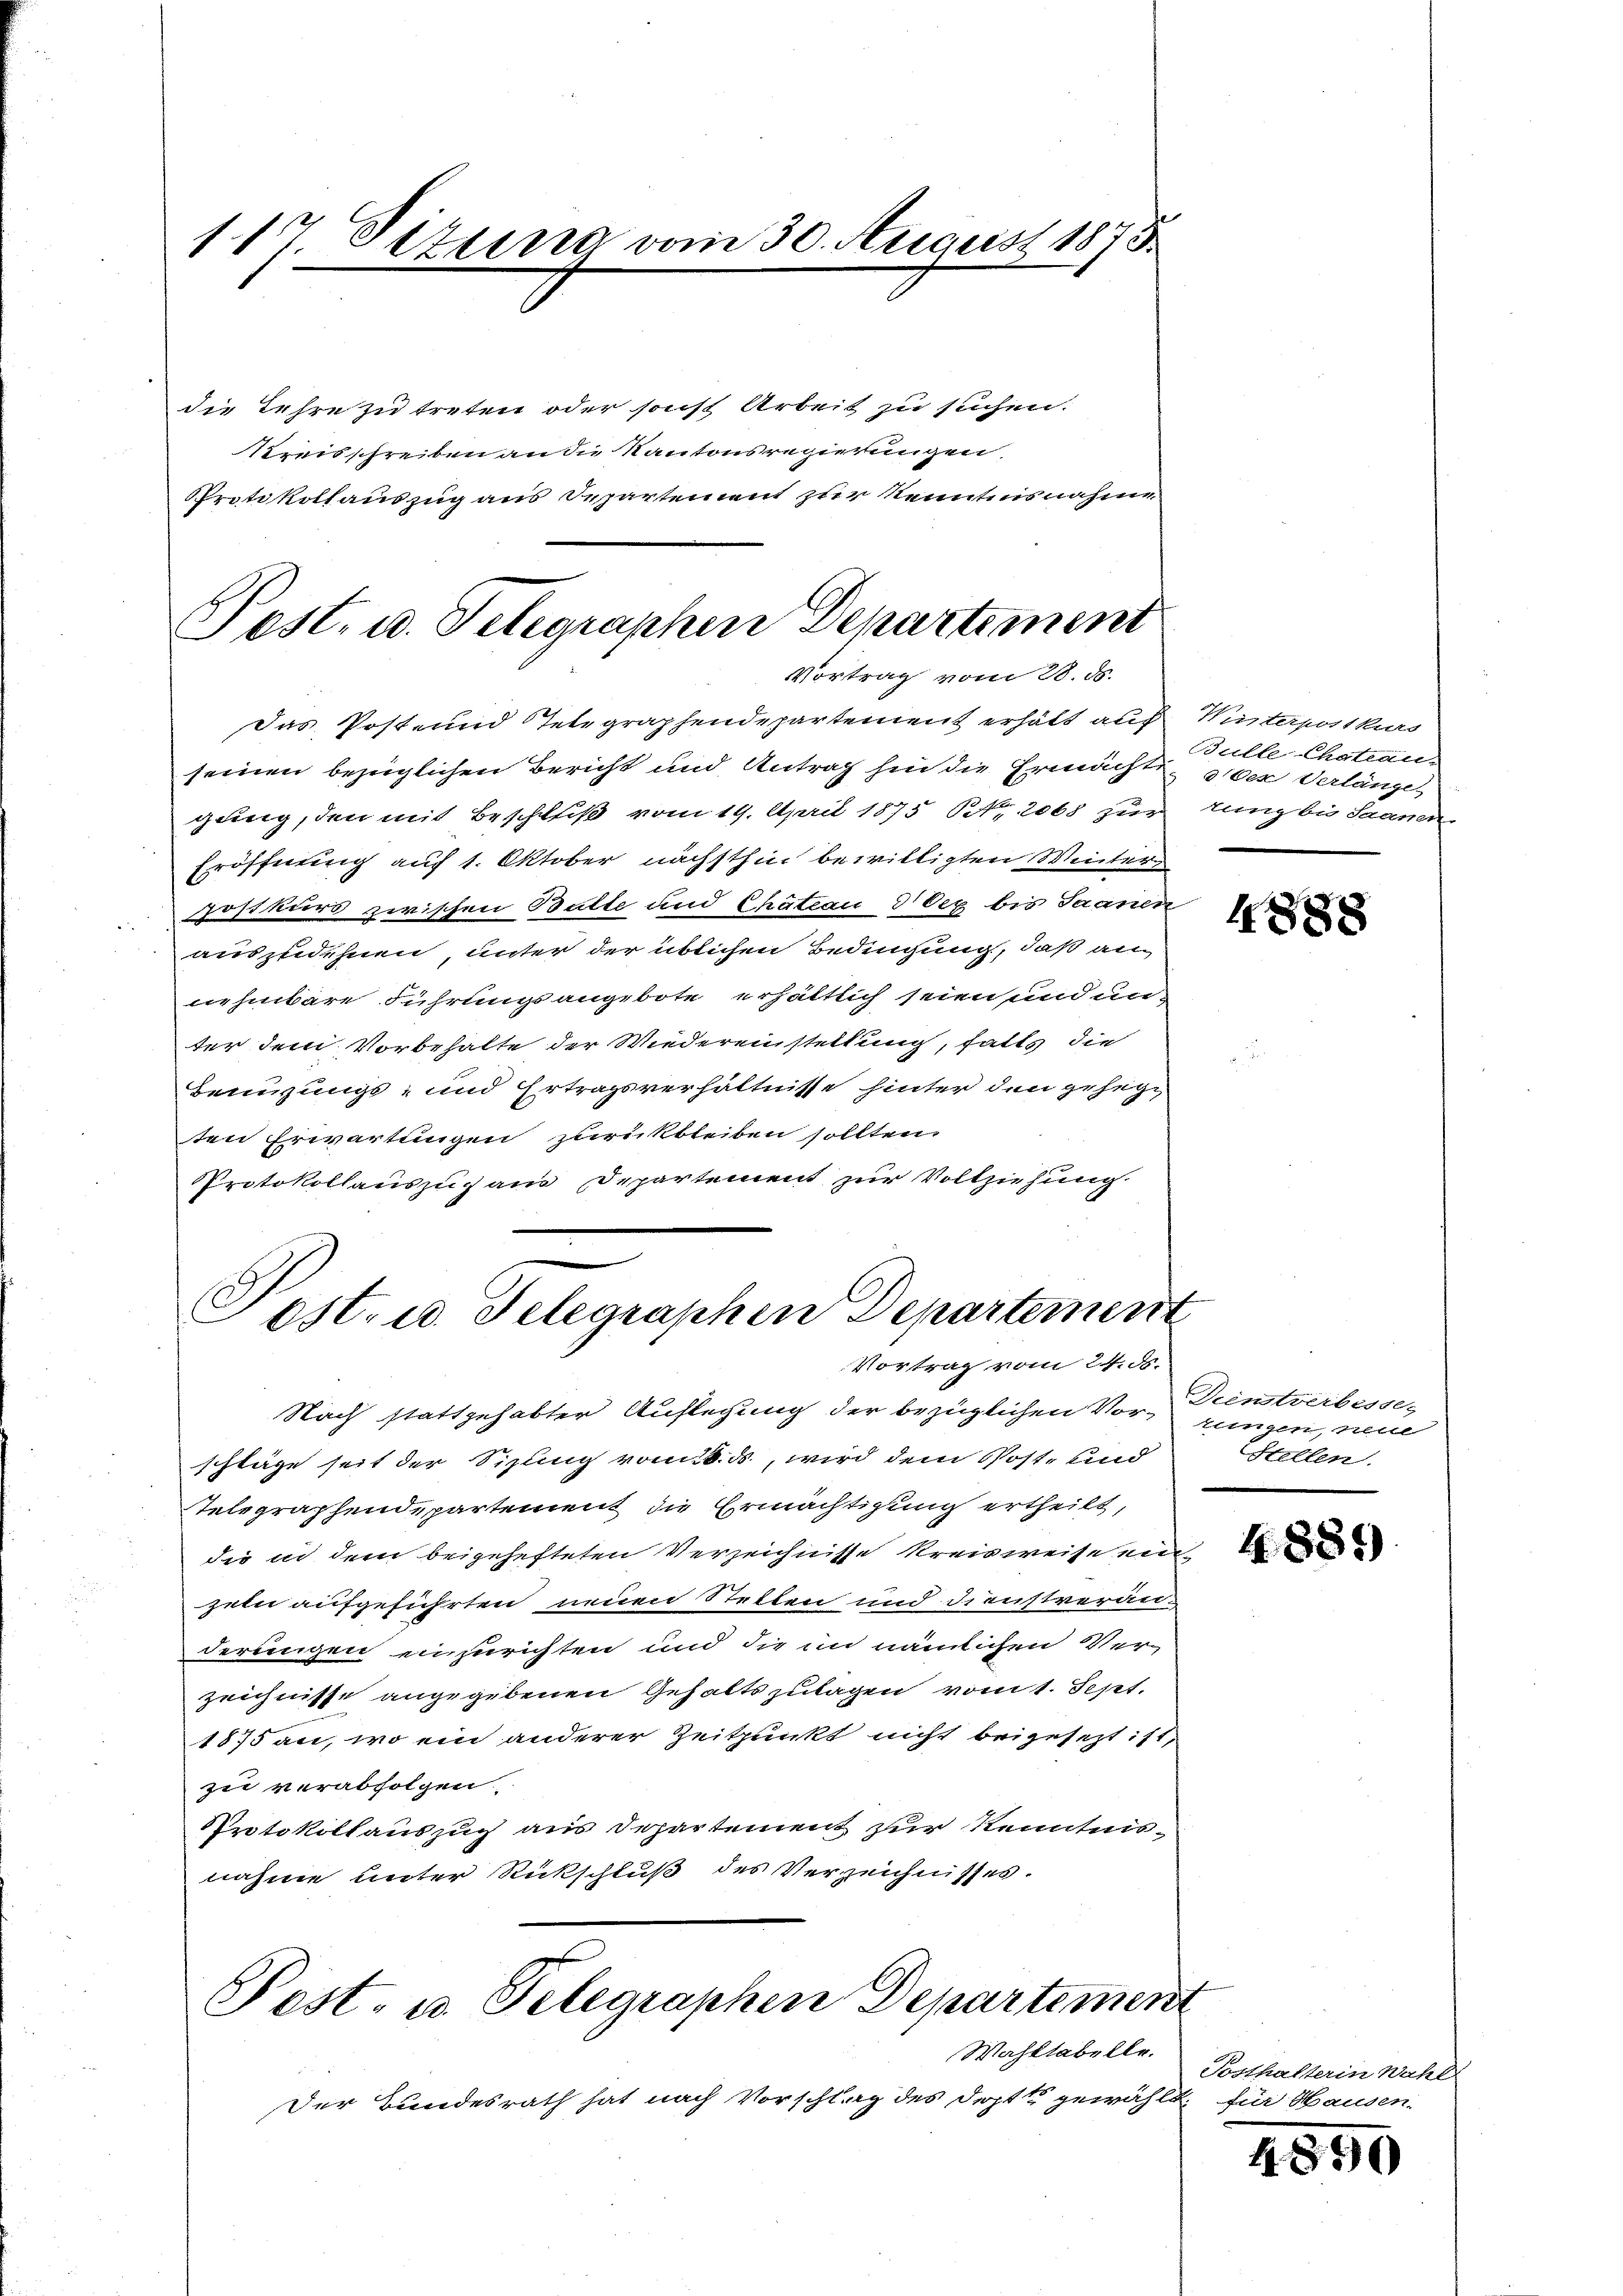
die Lehre zu treten oder sonst Arbeit zu suchen.
Kreisschreiben an die Kantonsregierungen
Protokollauszug aus Departement zur Kenntnisnahme

117 Sizung vom 30. August 1875.

das Post- und Telegraphendepartement erhält auf Winterpostkurs
seinen bezüglichen Bericht und Antrag hin die Ermächte, oder Verlänge
gung, den mit Beschluß vom 19. April 1875 Nr. 2068 zur tung bis Saanen
Eröffnung auf 1. Oktober nächsthin bewilligten Winter
oskurs zwischen Balte und Chäteau d Oeg bis Saanen
auszudehnen, unter der üblichen Bedingung, daß an
nehmbare Führungsangebote erhältlich seien und unter dem Vorbehalte der Wiedereinstellung, fatts die
Lennungs- und Ertragsverhältnisse hinter den gehegt
ten Erwartungen zurückbleiben sollten.
Protokollauszug aus Departement zur Vollziehung
Post. u. Telegraphen Departement

Post, u. Telegraphen Departement
Vortrag vom 28. ds.

Vortrag vom 24. ds.

Nach stattgehabter Auflegung der bezüglichen Vorrungen, neue
schläge seit der Sizling vom 6. ds., wird dem Post- und
Telegraphendepartement die Ermächtigung ertheilt,
die in dem beigehefteten Verzeichnisse Kreisweise einseln aufgeführten neuen Stellen und Dienstverän-
derungen einzurichten und die im nämlichen Verzeichnisse angegebenen Gehaltszulagen vom 1. Sept.
1875 an, wo ein anderer Zeitpunkt nicht beigesezt ist,
zu verabfolgen.
Protokollauszug aus Departement zur Kenntnisnahme unter Rückschluß des Verzeichnisses.

Der Landesrath hat nach Vorschlag des Doptt gewählt, für Hausen.

Post. u. Telegraphen Departement

Wahltabelle.

Bulle Chateau-

4888

Dienstverbesser
stellen.

4889)

Posthalterin Wahl

4890